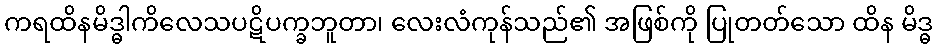
ကရထိနမိဒ္ဓါကိလေသပဋိပက္ခဘူတာ၊ လေးလံကုန်သည်၏ အဖြစ်ကို ပြုတတ်သော ထိန မိဒ္ဓ